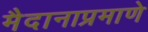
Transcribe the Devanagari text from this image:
मैदानाप्रमाणे